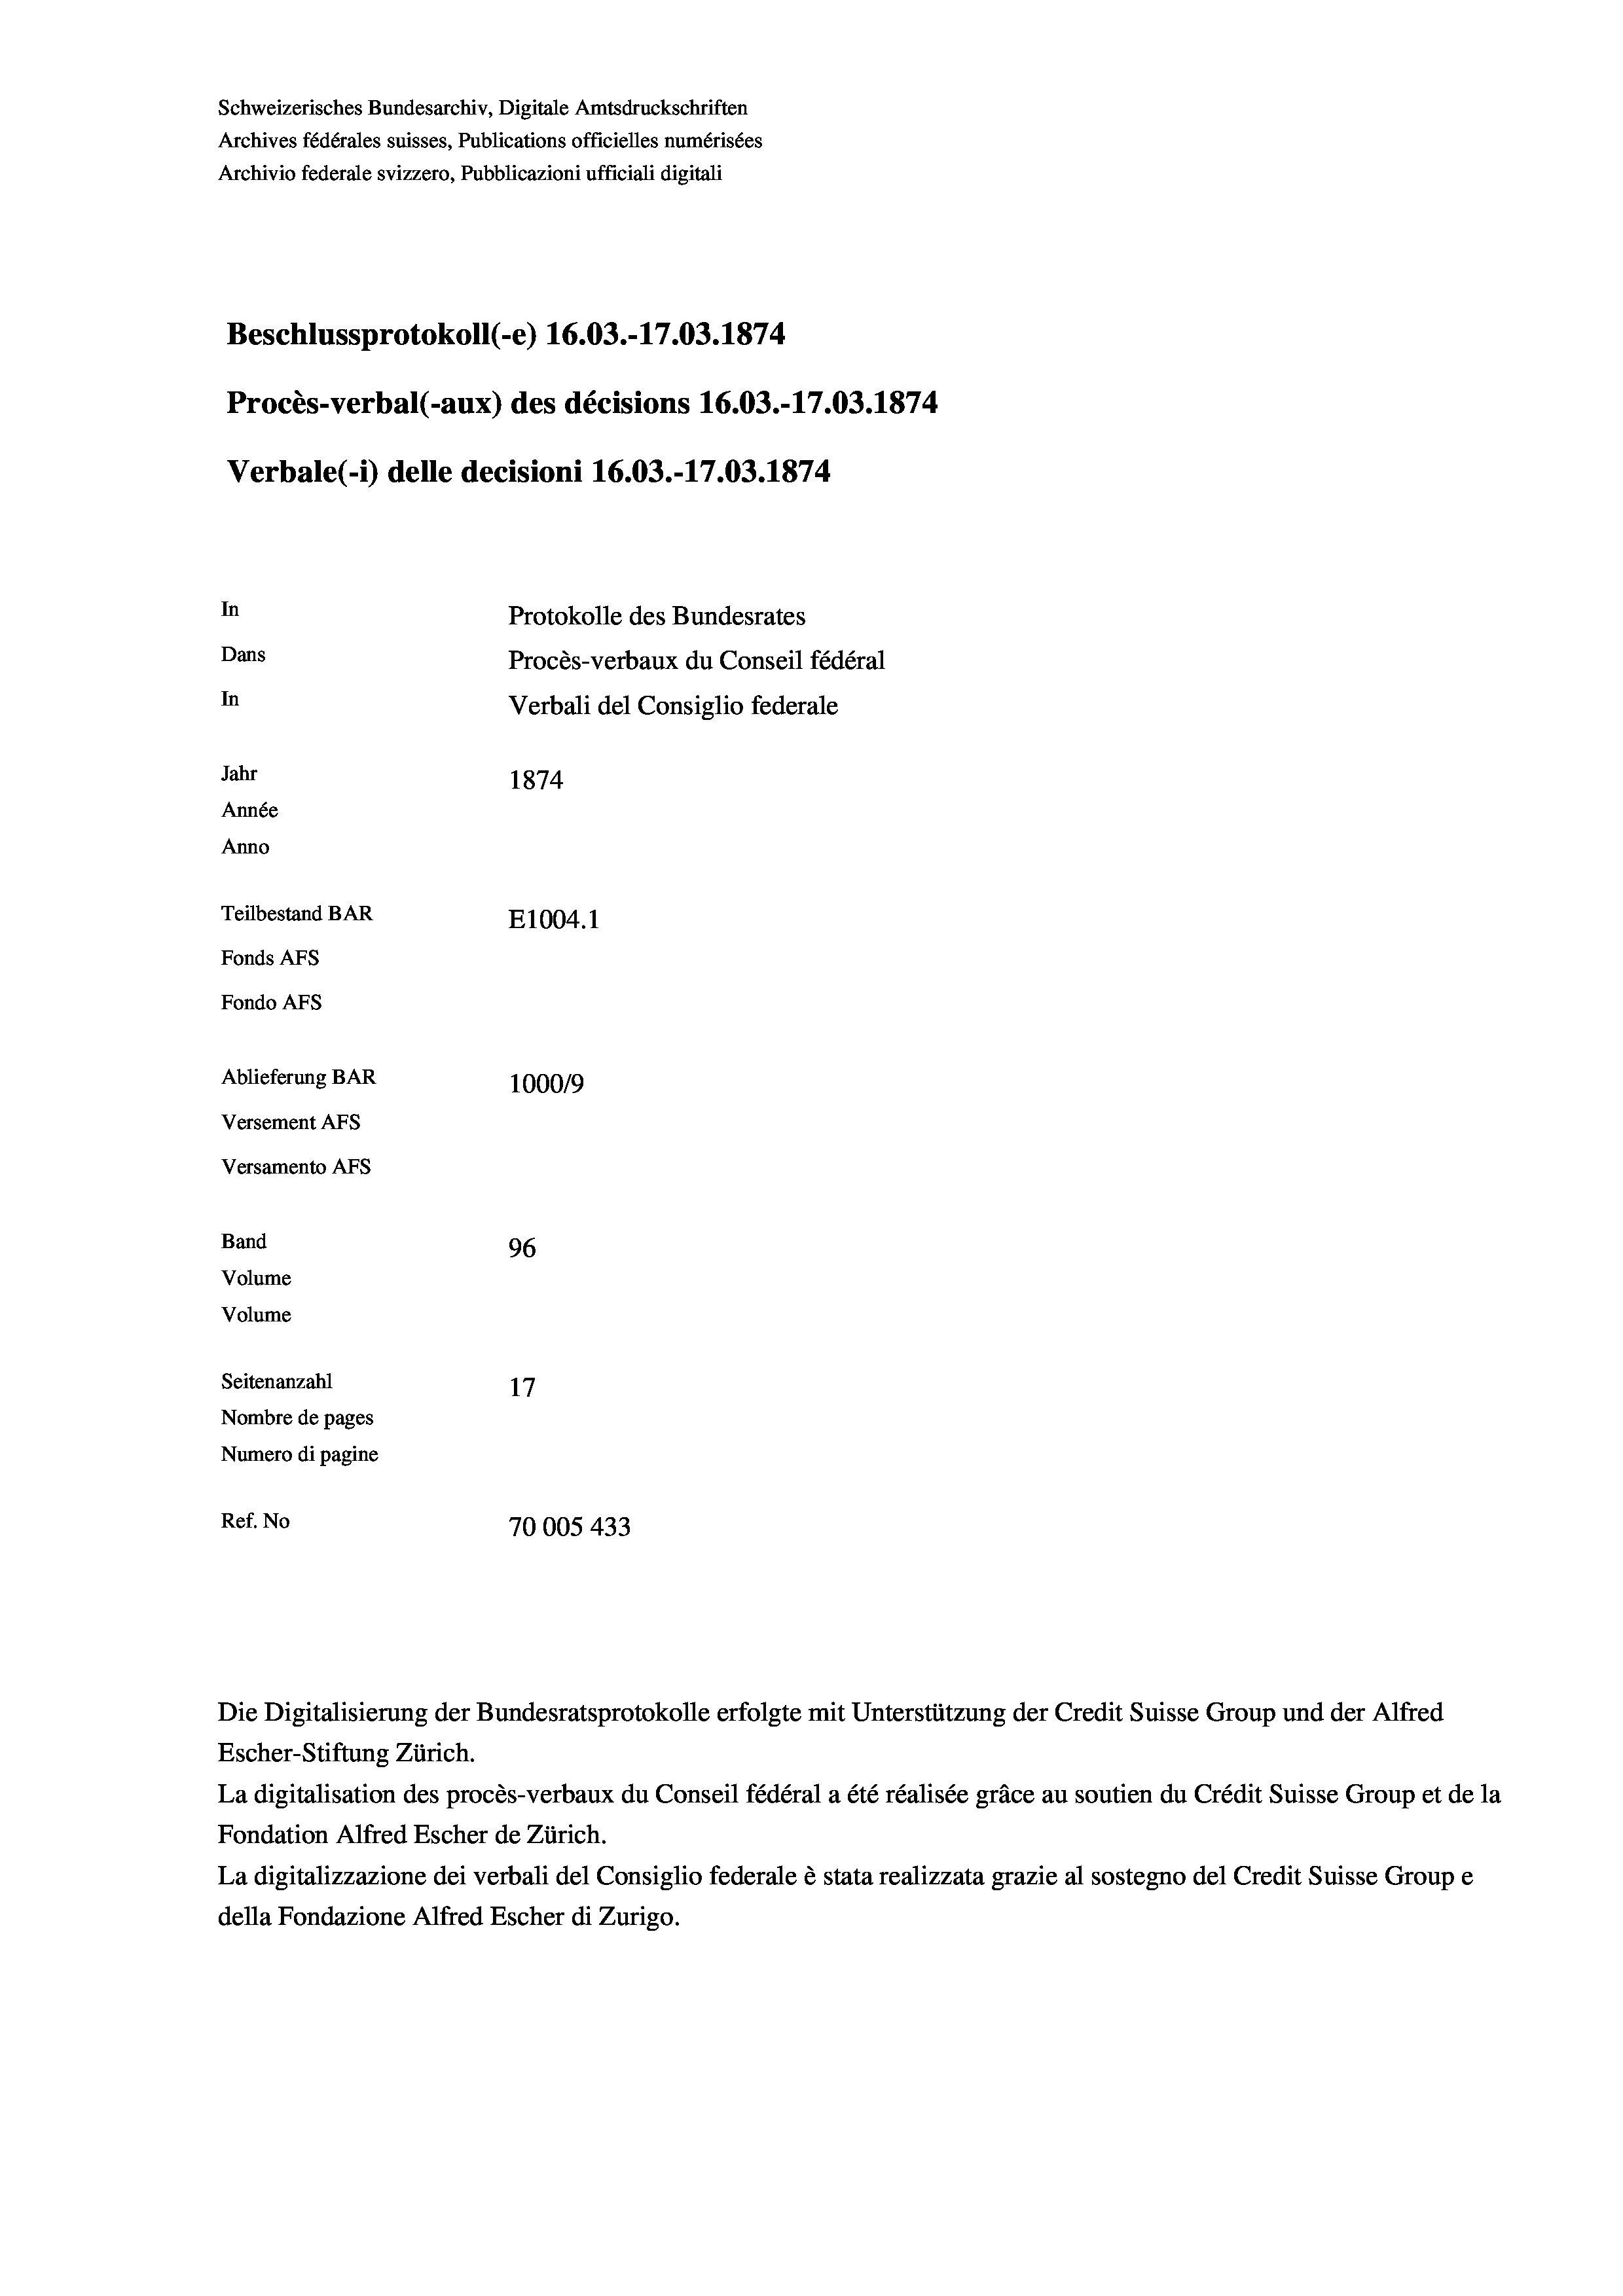
Schweizerisches Bundesarchiv, Digitale Amtsdruckschriften
Archives fédérales suisses, Publications officielles numérisées
Archivio federale svizzero, Pubblicazioni ufficiali digitali
Beschlussprotokoll (-e) 16.03.-17.03. 1874
Procès-verbal (-aux) des décisions 16.03.-17.03. 1874
Verbale (i) delle decisioni 16.03.-17.03. 1874
In
Protokolle des Bundesrates
Dans
Procès-verbaux du Conseil fédéral
In
Verbali del Consiglio federale
Jahr
1874
Année
Anno
Teilbestand BAR
E1004. 1
Fonds AFs
Fondo Afs
Ablieferung BAR
100019
Versement AFs
Versamento AFs
Band
96
Volume
Volume
Seitenanzahl
17
Nombre de pages
Numero di pagine
Ref. No
70005 433

La digitalisation des procès-verbaux du Conseil fédéral a été réalisée gräce au soutien du Crédit Suisse Group et de la
Fondation Alfred Escher de Zürich.
La digitalizzazione dei verbali del Consiglio federale è stata realizzata grazie al sostegno del Credit Suisse Groupe
della Fondazione Alfred Escher di Zurigo.

Die Digitalisierung der Bundesratsprotokolle erfolgte mit Unterstützung der Credit Suisse Group und der Alfred
Escher-Stiftung Zürich.